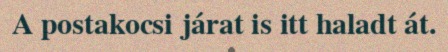
A postakocsi járat is itt haladt át.